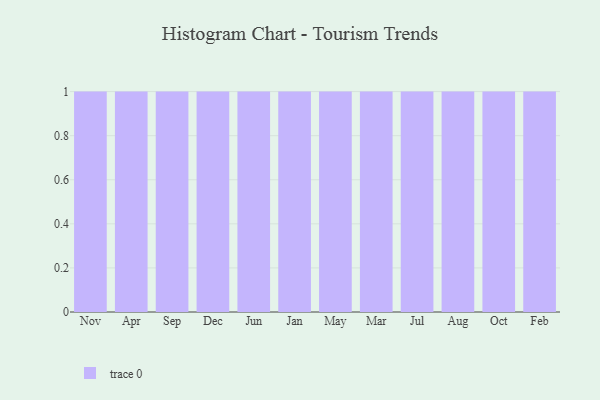
{"axis": {"x": "Month", "y": "Churn Rate (%)"}, "legend": [""], "data": [{"x": "Nov", "y": 74, "type": ""}, {"x": "Apr", "y": 66, "type": ""}, {"x": "Sep", "y": 25, "type": ""}, {"x": "Dec", "y": 16, "type": ""}, {"x": "Jun", "y": 66, "type": ""}, {"x": "Jan", "y": 25, "type": ""}, {"x": "May", "y": 47, "type": ""}, {"x": "Mar", "y": 81, "type": ""}, {"x": "Jul", "y": 94, "type": ""}, {"x": "Aug", "y": 6, "type": ""}, {"x": "Oct", "y": 64, "type": ""}, {"x": "Feb", "y": 67, "type": ""}]}